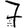
Digit: 7